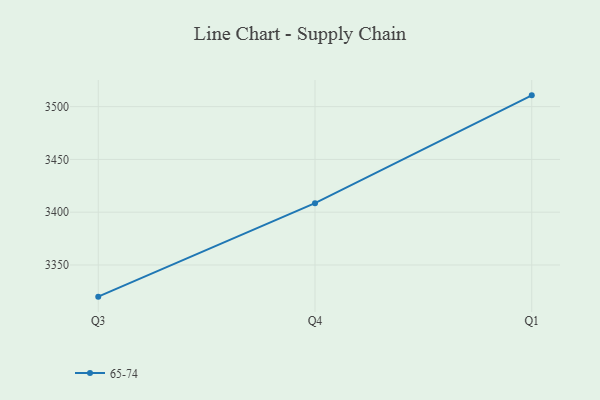
{"axis": {"x": "Quarter", "y": "Bounce Rate (%)"}, "legend": ["65-74"], "data": [{"x": "Q3", "y": 3320.0, "type": "65-74"}, {"x": "Q4", "y": 3408.6, "type": "65-74"}, {"x": "Q1", "y": 3510.7, "type": "65-74"}]}